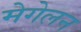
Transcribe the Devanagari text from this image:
मेगेलन